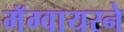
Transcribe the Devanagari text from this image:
मॅग्वायरने